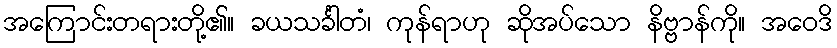
အကြောင်းတရားတို့၏။ ခယသင်္ခါတံ၊ ကုန်ရာဟု ဆိုအပ်သော နိဗ္ဗာန်ကို။ အဝေဒိ